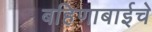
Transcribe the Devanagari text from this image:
बहिणाबाईचे